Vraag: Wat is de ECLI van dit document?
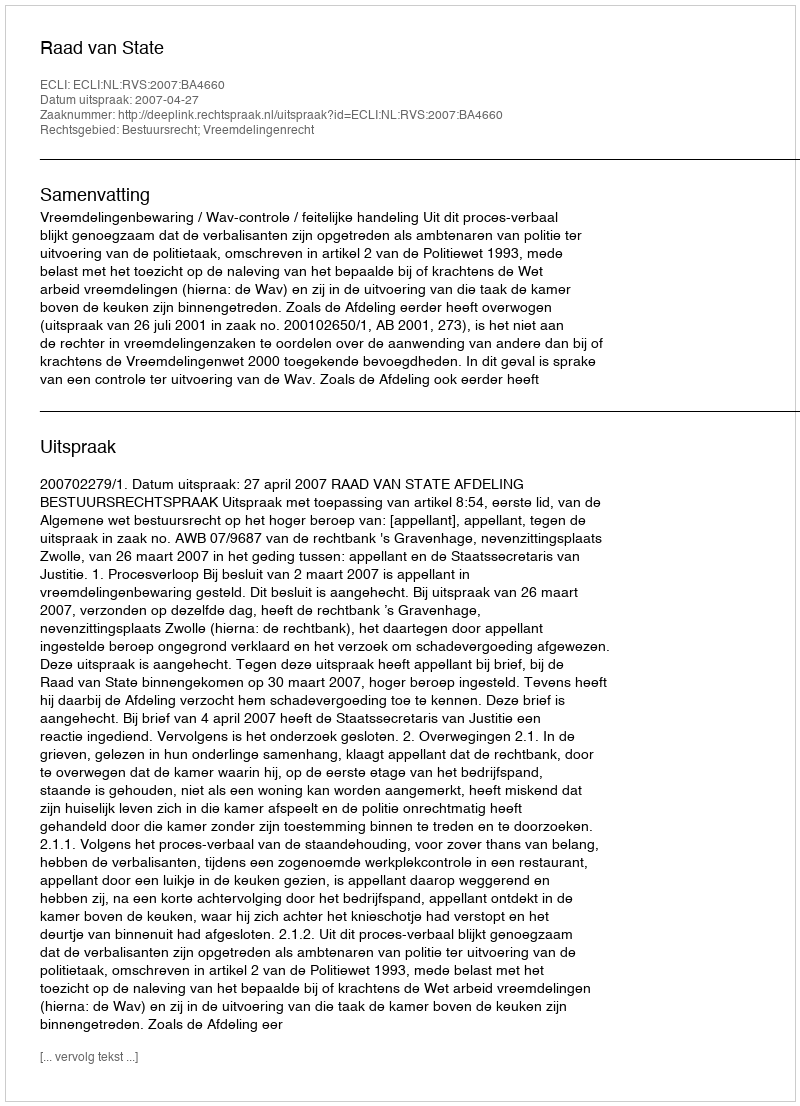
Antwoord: ECLI:NL:RVS:2007:BA4660